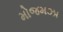
મોજમઝા